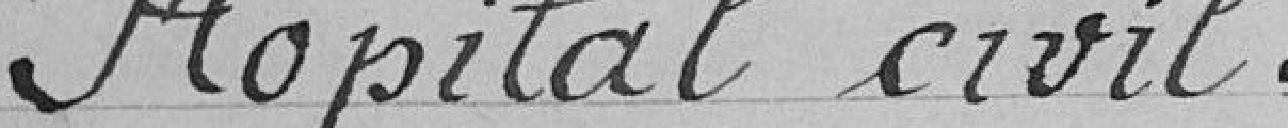
Hôpital civil